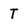
Character: T